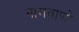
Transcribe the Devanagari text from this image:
नामवाणी